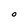
Character: O